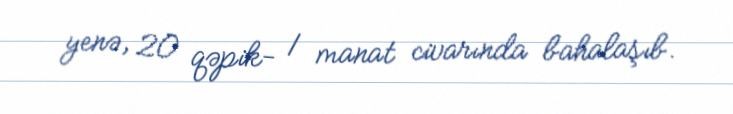
yenə, 20 qəpik- 1 manat civarında bahalaşıb.